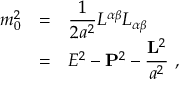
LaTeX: \begin{array} { r c l } { { m _ { 0 } ^ { 2 } } } & { { = } } & { { \displaystyle \frac { 1 } { 2 a ^ { 2 } } L ^ { \alpha \beta } L _ { \alpha \beta } } } \\ { { } } & { { = } } & { { E ^ { 2 } - { \bf P } ^ { 2 } - \displaystyle \frac { { \bf L } ^ { 2 } } { a ^ { 2 } } ~ , } } \end{array}